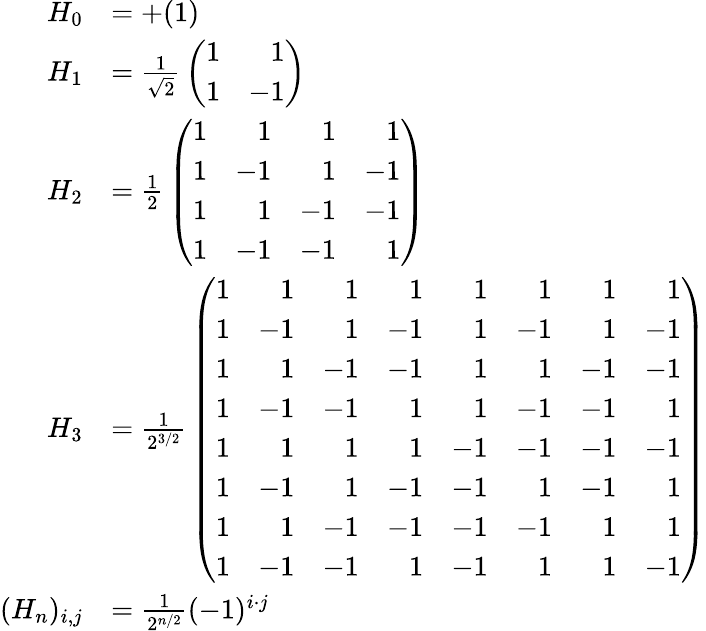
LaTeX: {\begin{array}{rl}{H_{0}}&{=+{\left(\begin{array}{l}{1}\end{array}\right)}}\\ {H_{1}}&{={\frac{1}{\sqrt{2}}}\left({\begin{array}{rr}{1}&{1}\\ {1}&{-1}\end{array}}\right)}\\ {H_{2}}&{={\frac{1}{2}}\left({\begin{array}{rrrr}{1}&{1}&{1}&{1}\\ {1}&{-1}&{1}&{-1}\\ {1}&{1}&{-1}&{-1}\\ {1}&{-1}&{-1}&{1}\end{array}}\right)}\\ {H_{3}}&{={\frac{1}{2^{3/2}}}\left({\begin{array}{rrrrrrrr}{1}&{1}&{1}&{1}&{1}&{1}&{1}&{1}\\ {1}&{-1}&{1}&{-1}&{1}&{-1}&{1}&{-1}\\ {1}&{1}&{-1}&{-1}&{1}&{1}&{-1}&{-1}\\ {1}&{-1}&{-1}&{1}&{1}&{-1}&{-1}&{1}\\ {1}&{1}&{1}&{1}&{-1}&{-1}&{-1}&{-1}\\ {1}&{-1}&{1}&{-1}&{-1}&{1}&{-1}&{1}\\ {1}&{1}&{-1}&{-1}&{-1}&{-1}&{1}&{1}\\ {1}&{-1}&{-1}&{1}&{-1}&{1}&{1}&{-1}\end{array}}\right)}\\ {(H_{n})_{i,j}}&{={\frac{1}{2^{n/2}}}(-1)^{i\cdot j}}\end{array}}